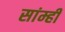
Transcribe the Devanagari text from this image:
सांम्ही